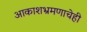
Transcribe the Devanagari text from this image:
आकाशभ्रमणाचेही